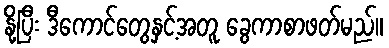
နို့ပြီး ဒီကောင်တွေနှင့်အတူ ခွေကာစာဖတ်မည်။